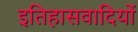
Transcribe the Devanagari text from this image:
इतिहासवादियों